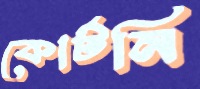
কোর্টনি